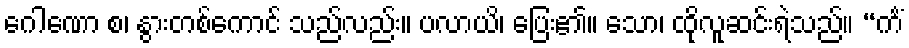
ဂေါဏော စ၊ နွားတစ်ကောင် သည်လည်း။ ပလာယိ၊ ပြေး၏။ သော၊ ထိုလူဆင်းရဲသည်။ “ကိံ